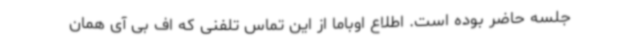
جلسه حاضر بوده است. اطلاع اوباما از این تماس تلفنی که اف بی آی همان